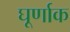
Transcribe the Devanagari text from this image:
घूर्णाक